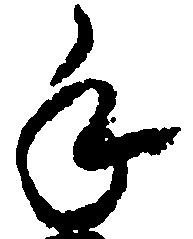
手